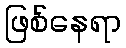
ဖြစ်နေရာ